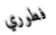
فطوري